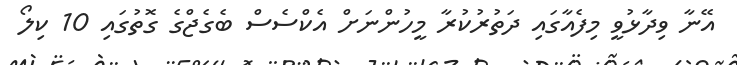
އޭނާ ވިދާޅުވީ މިފެއާގައި ދަތުރުކުރާ މީހުންނަށް އެކްސެސް ބެގެޖްގެ ގޮތުގައި 10 ކިލޯ